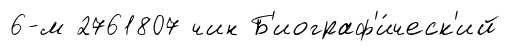
6-м 2761807 чин Б'иограф'и́ческ'ий